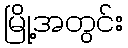
မြို့အတွင်း